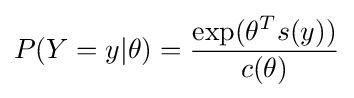
P(Y=y|\theta )={\frac {\exp(\theta ^{T}s(y))}{c(\theta )}}